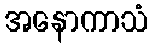
အနောကာသံ